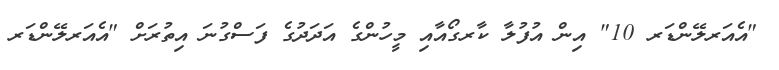
"އެއަރލޭންޑަރ 10" އިން އުފުލާ ކާރގޯއާއި މީހުންގެ އަދަދުގެ ފަސްގުނަ އިތުރަށް "އެއަރލޭންޑަރ